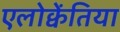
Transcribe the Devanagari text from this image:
एलोक्वेंतिया